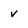
Character: v